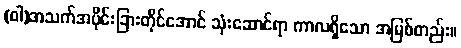
(ဝါ)အသက်အပိုင်းခြားတိုင်အောင် သုံးဆောင်ရာ ကာလရှိသော အမြစ်တည်း။